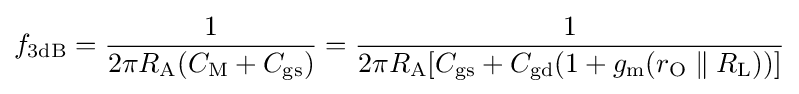
f_{\mathrm {3dB} }={\frac {1}{2\pi R_{\mathrm {A} }(C_{\mathrm {M} }+C_{\mathrm {gs} })}}={\frac {1}{2\pi R_{\mathrm {A} }[C_{\mathrm {gs} }+C_{\mathrm {gd} }(1+g_{\mathrm {m} }(r_{\mathrm {O} }\parallel R_{\mathrm {L} }))]}}